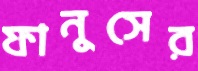
ফানুসের